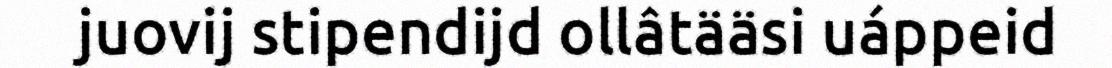
juovij stipendijd ollâtääsi uáppeid